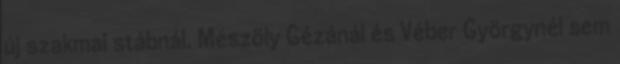
új szakmai stábnál, Mészöly Gézánál és Véber Györgynél sem